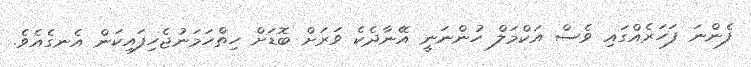
ފެންނަ ފަހަރެއްގައި ވެސް އަކްމަލް ހުންނަނީ އޭނާދެކެ ވަރަށް ބޮޑަށް ހިތްހަމަނުޖެހިފައިކަން އެނގެއެވެ.